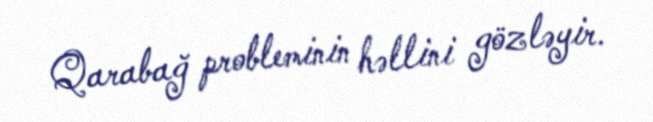
Qarabağ probleminin həllini gözləyir.